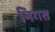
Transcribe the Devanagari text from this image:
निगत